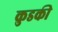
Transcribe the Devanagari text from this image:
कुडकी